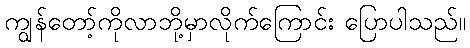
ကျွန်တော့်ကိုလာဘို့မှာလိုက်ကြောင်း ပြောပါသည်။